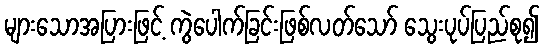
များသောအပြားဖြင့် ကွဲပေါက်ခြင်းဖြစ်လတ်သော် သွေးပုပ်ပြည်စု၍